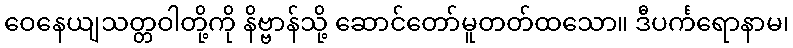
ဝေနေယျသတ္တဝါတို့ကို နိဗ္ဗာန်သို့ ဆောင်တော်မူတတ်ထသော။ ဒီပင်္ကရောနာမ၊